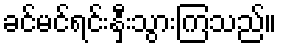
ခင်မင်ရင်းနှီးသွားကြသည်။